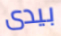
بيدى